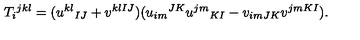
T _ { i } { } ^ { j k l } = ( u ^ { k l } { } _ { I J } + v ^ { k l I J } ) ( u _ { i m } { } ^ { J K } u ^ { j m } { } _ { K I } - v _ { i m J K } v ^ { j m K I } ) .